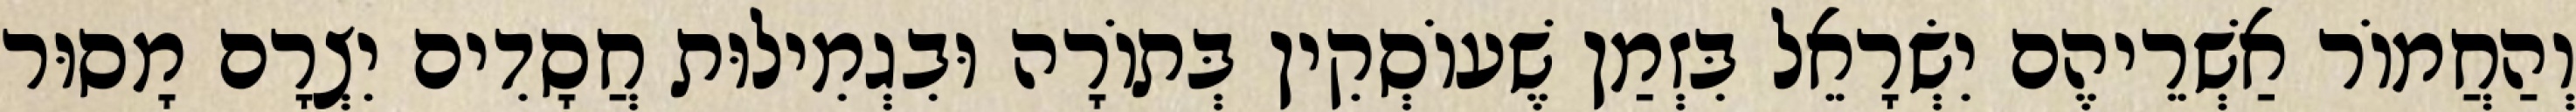
וְהַחֲמוֹר אַשְׁרֵיהֶם יִשְׂרָאֵל בִּזְמַן שֶׁעוֹסְקִין בְּתוֹרָה וּבִגְמִילוּת חֲסָדִים יִצְרָם מָסוּר